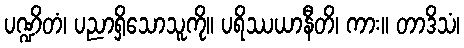
ပဏ္ဍိတံ၊ ပညာရှိသောသူကို။ ပရိဿယာနီတိ၊ ကား။ တာဒိသံ၊